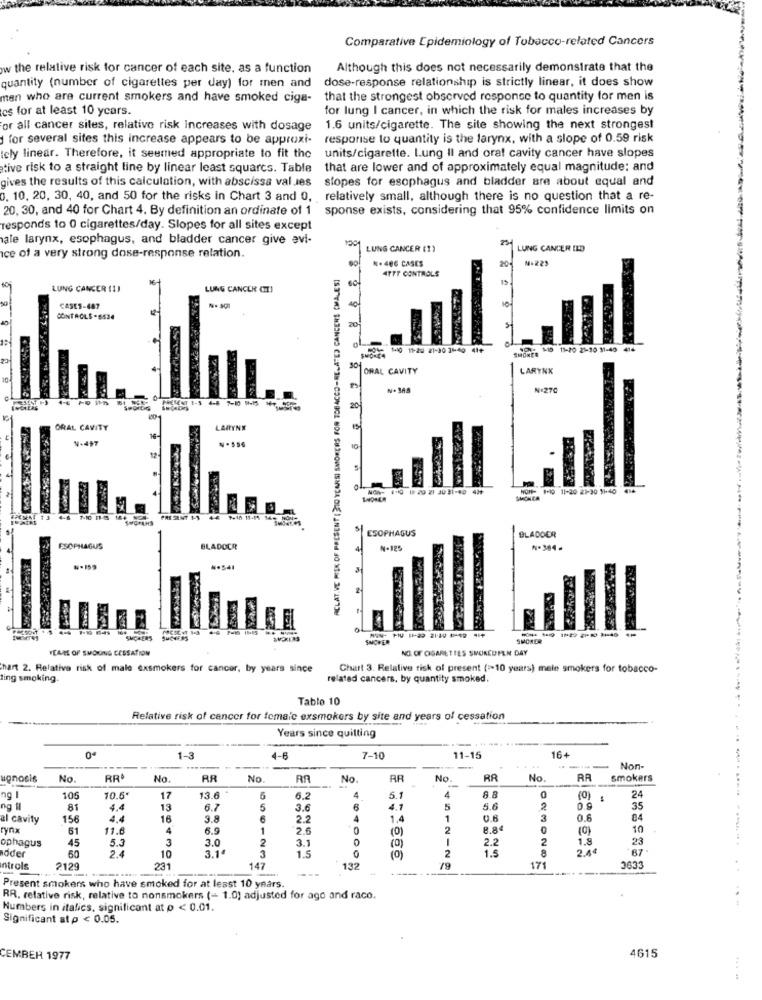
Comparative Epidemiology of Tobacco-related Cancers
w the relative risk for cancer of each site, as a function
Although this does not necessarily demonstrate that the
dose-response relationship is strictly linear, it does show
quantity (number of cigarettes per day) for men and
men who are current smokers and have smoked ciga-
that the strongest observed response to quantity for men is
es for at least 10 years.
for lung I cancer, in which the risk for males increases by
or all cancer siles, relative risk Increases with dosage
1.6 units/cigarette. The site showing the next strongest
for several sites this increase appears to be approxi- response to quantity is the larynx, with a slope of 0.59 risk
cly linear. Therefore, it seemed appropriate to fit the
units/cigarette. Lung Il and oral cavity cancer have slopes
tive risk to a straight line by linear least squarcs. Table
that are lower and of approximately equal magnitude: and
gives the results of this calculation, with abscissa valJes
slopes for esophagus and bladder are about equal and
0. 10. 20, 30, 40, and 50 for the risks in Chart 3 and 0, relatively small, although there is no question that a re-
20, 30, and 40 for Chart 4. By definition an ordinate of 1 sponse exists, considering that 95% confidence limits on
responds to 0 cigarettes/day. Slopes for all sites except
ale larynx, esophagus, and bladder cancer give evi-
LUNG CANCER (1)
LUNG CANCER ELD
ice of a very strong dose-response relation.
*. 486 CASES
No223
ACLAT.VE MISK OF PRESENT ( 310 YEARS) SMOKERS FOR TOBACCO-RELATED CANCERS (WALES]
ATTF CONTROLS
16
15
LUNG CANCER (1)
LUNG CANCER CTI
CASES-687
CONTROLS-6534
20
10 11-2 21-30 31-49 41+
SMONTO
10 11-20 21-30 11-40 414
ORAL CAVITY
LARYNX
N.348
Nº270
20
ORAL CAVITY
LARYNX
N-457
10
MON- 4-19 19:20 21 30 31-40 424
HOP- 1-10 11-20 21-30 1140 414
4-6
184 NC4
ESOPHAGUS
BLADDER
ESOPHAGUS
BLADOCR
N-125
.159
----------
SHOWER
SMOKER
YEARS OF SMO UNNG CESSATION
NO. OF CIGARETTES SMOKEDPLN DAY
hart 2. Relative risk of male exsmokers for cancer, by years since
Chart 3. Relative risk of present (=>10 years) mele smokers for tobacco-
ing smoking.
related cancers, by quantity smoked.
Tablo 10
Relative risk of cancer for female exsmokers by site and years of cessation
Years since quilting
----------
0*
1-3
4-6
7-10
11-15
16+
-
Non-
ugnosis
No.
RR
No.
RR
No
RA
No.
AR
No.
RR
No.
RA
smokers
24
ng I
10€
10.5*
17
13.6
5
6.2
4
5.1
4
8.8
(0)
ng il
81
4.4
13
6.7
5
3.6
6
4.1
5
5.6
2
35
al cavity
156
4.4
16
3.8
2.2
4
1,4
1
3
0.6
rynx
61
11.6
4
6.9
1
2.6
0
(0)
2
8.84
(0)
10
ophagus
45
5.3
3
3.0
2
3.1
0
(0)
-
2.3
2
1.8
söder
60
3
1.5
0
2
1.5
8
87
2.4
10
3.1ª
(0)
ntrols
2129
231
147
---
132
171
3633
Present smokers who have smoked for at least 10 years.
RR. relative risk, relative to nonsmokers (- 1.0) adjusted for ago and race.
Numbers in italics, significant at p < 0.01.
Significant at p < 0.05.
4615
CEMBEH 1977